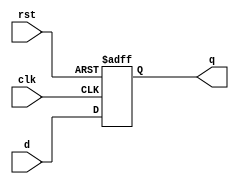
`timescale 1ns / 1ps

module D_flipflop(

    input clk,
    input rst,
    input d,
    output reg q
    );
initial begin
q=0;
end

always @ (posedge clk or posedge rst)begin
    if (rst == 1)begin
        q <= 1'b0;
    end else begin
        q <= d;
	end
end

endmodule